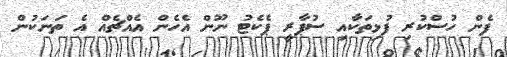
ފެން ހުސްކުރި ފުޅިތަކާއި ސުޕާރީ ޕެކެޓު ނޫން އެހެން އެއްޗެއް އެ ތަނަކުން